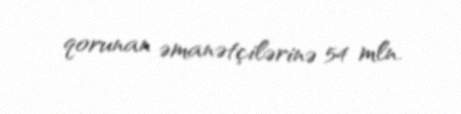
qorunan əmanətçilərinə 54 mln.